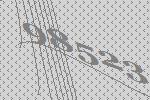
98523